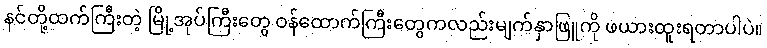
နင်တို့ထက်ကြီးတဲ့ မြို့အုပ်ကြီးတွေ ဝန်ထောက်ကြီးတွေကလည်းမျက်နှာဖြူကို ဖယားထူးရတာပါပဲ။